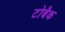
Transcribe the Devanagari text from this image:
टोबैक